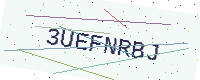
Text: 3UEFNRBJ